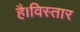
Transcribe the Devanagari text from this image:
है।विस्तार